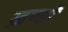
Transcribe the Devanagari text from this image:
ख़ण्डों